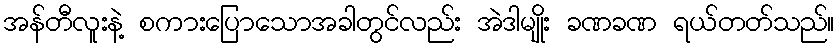
အန်တီလူးနဲ့ စကားပြောသောအခါတွင်လည်း အဲဒါမျိုး ခဏခဏ ရယ်တတ်သည်။